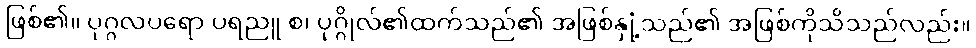
ဖြစ်၏။ ပုဂ္ဂလပရော ပရညူ စ၊ ပုဂ္ဂိုလ်၏ထက်သည်၏ အဖြစ်နှုံ့သည်၏ အဖြစ်ကိုသိသည်လည်း။